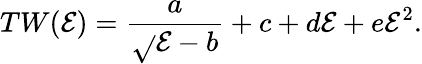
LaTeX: TW(\mathcal{E})=\frac{{a}}{{\sqrt{}{{\mathcal{E}-b}}}}+c+d\mathcal{E}+e\mathcal{E}^{2}.